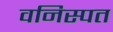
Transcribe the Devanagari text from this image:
वनिस्पत